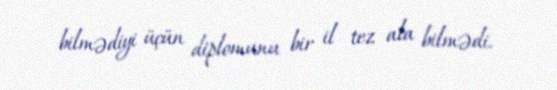
bilmədiyi üçün diplomunu bir il tez ala bilmədi.